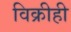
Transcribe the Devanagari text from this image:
विक्रीही